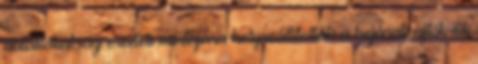
ablakokat, az eredeti mintájára helyreállították a bejárati ajtót, és